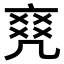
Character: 𠅫